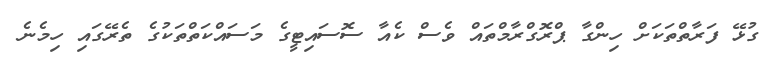
ގުޅޭ ފަރާތްތަކަށް ހިންގާ ޕްރޮގްރާމްތައް ވެސް ކެއާ ސޮސައިޓީގެ މަސައްކަތްތަކުގެ ތެރޭގައި ހިމެނެ